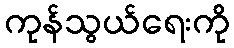
ကုန်သွယ်ရေးကို